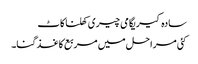
سادہ کیریگامی چیری کھلنا کاٹ
کئی مراحل میں مربع کاغذ گنا۔